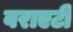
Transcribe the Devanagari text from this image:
वराएटी